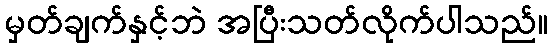
မှတ်ချက်နှင့်ဘဲ အပြီးသတ်လိုက်ပါသည်။